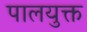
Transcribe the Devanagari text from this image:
पालयुक्त